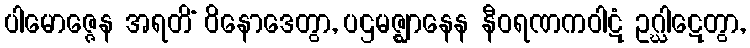
ပါမောဇ္ဇေန အရတိံ ဝိနောဒေတွာ, ပဌမဇ္ဈာနေန နီဝရဏကဝါဋံ ဥဂ္ဃါဋေတွာ,